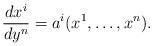
LaTeX: \begin{align*}\frac{dx^{i}}{dy^{n}}=a^{i}(x^{1},\ldots ,x^{n}).\end{align*}